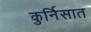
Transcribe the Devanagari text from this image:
कुर्निसात